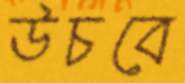
উচবে